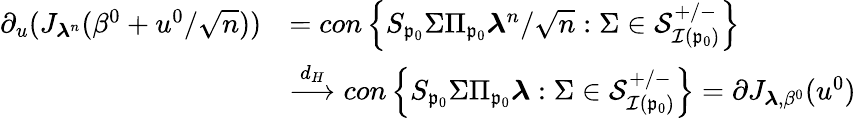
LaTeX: \begin{array}{rl}{\partial_{u}(J_{\boldsymbol{\lambda}^{n}}(\beta^{0}+u^{0}/\sqrt{n}))}&{=con\left\{ S_{\mathfrak{p}_{0}}\Sigma\Pi_{\mathfrak{p}_{0}}\boldsymbol{\lambda}^{n}/\sqrt{n}:\Sigma\in\mathcal{S}_{\mathcal{I}(\mathfrak{p}_{0})}^{+/-}\right\} }\\ &{\overset{d_{H}}{\longrightarrow}con\left\{ S_{\mathfrak{p}_{0}}\Sigma\Pi_{\mathfrak{p}_{0}}\boldsymbol{\lambda}:\Sigma\in\mathcal{S}_{\mathcal{I}(\mathfrak{p}_{0})}^{+/-}\right\} =\partial J_{\boldsymbol{\lambda},\beta^{0}}(u^{0})}\end{array}